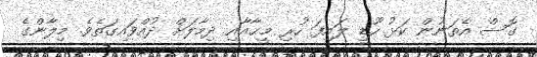
ގޮސް އެތަނުން ކަޅު ހޫޑީ ލައިފަ ހުރި މީޙާއާއި ދިމާލަށް ދުއްވައިގަތެވެ. މިލާންގެ